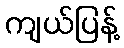
ကျယ်ပြန့်